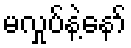
မလှုပ်နဲ့နော်